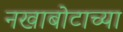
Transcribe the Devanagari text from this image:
नखाबोटाच्या